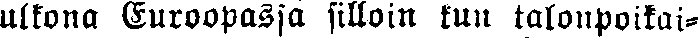
ulkona Euroopassa silloin kun talonpoikai-